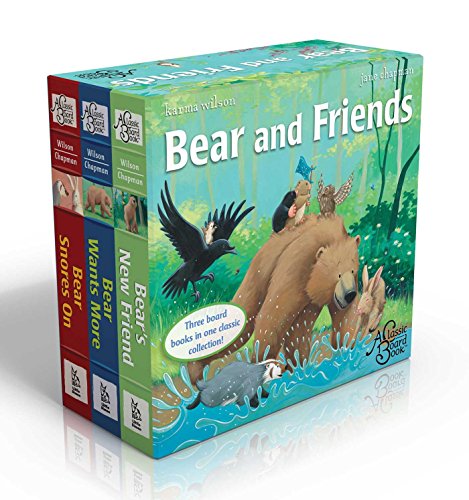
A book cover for Bear and Friends: Bear Snores On; Bear Wants More; Bear's New Friend (The Bear Books); Karma Wilson; Children's Books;